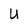
Character: U